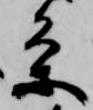
条